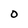
Character: O